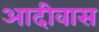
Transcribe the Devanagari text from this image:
आदीवास